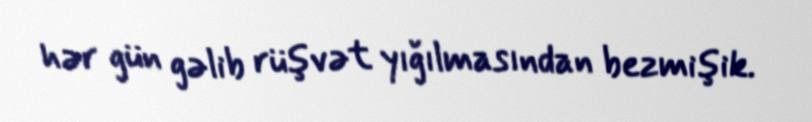
hər gün gəlib rüşvət yığılmasından bezmişik.